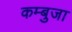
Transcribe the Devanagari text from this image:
कम्बुजा